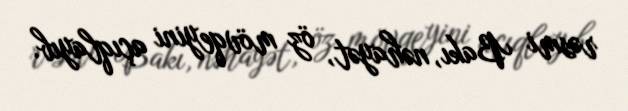
rəsmi Bakı, nəhayət, öz mövqeyini açıqlayıb.